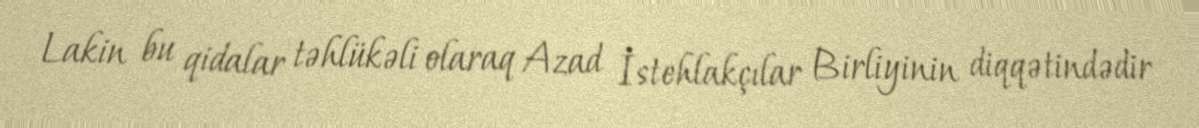
Lakin bu qidalar təhlükəli olaraq Azad İstehlakçılar Birliyinin diqqətindədir